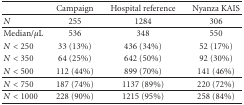
<table><thead><tr><td></td><td><b>Campaign</b></td><td><b>Hospital reference</b></td><td><b>Nyanza KAIS</b></td></tr></thead><tbody><tr><td><i>N</i></td><td>255</td><td>1284</td><td>306</td></tr><tr><td>Median/<i>μ</i>L</td><td>536</td><td>348</td><td>550</td></tr><tr><td><i>N</i> &lt; 250</td><td>33 (13%)</td><td>436 (34%)</td><td>52 (17%)</td></tr><tr><td><i>N</i> &lt; 350</td><td>64 (25%)</td><td>642 (50%)</td><td>92 (30%)</td></tr><tr><td><i>N</i> &lt; 500</td><td>112 (44%)</td><td>899 (70%)</td><td>141 (46%)</td></tr><tr><td><i>N</i> &lt; 750</td><td>187 (74%)</td><td>1137 (89%)</td><td>220 (72%)</td></tr><tr><td><i>N</i> &lt; 1000</td><td>228 (90%)</td><td>1215 (95%)</td><td>258 (84%)</td></tr></tbody></table>